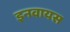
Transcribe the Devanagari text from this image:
इनवायस